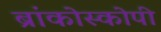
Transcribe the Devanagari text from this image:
ब्रांकोस्कोपी